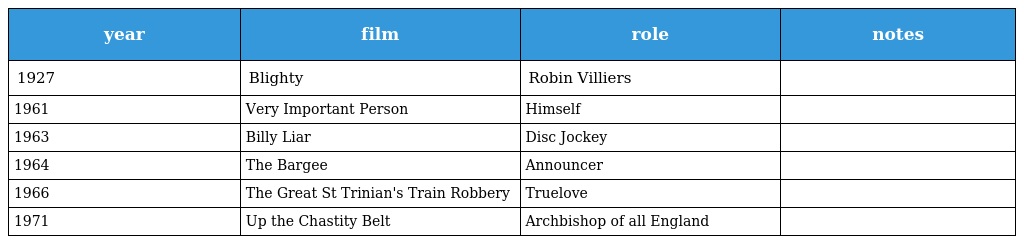
| year | film | role | notes |
 | --- | --- | --- | --- |
 | 1927 | Blighty | Robin Villiers |  |
 | 1961 | Very Important Person | Himself |  |
 | 1963 | Billy Liar | Disc Jockey |  |
 | 1964 | The Bargee | Announcer |  |
 | 1966 | The Great St Trinian's Train Robbery | Truelove |  |
 | 1971 | Up the Chastity Belt | Archbishop of all England |  |